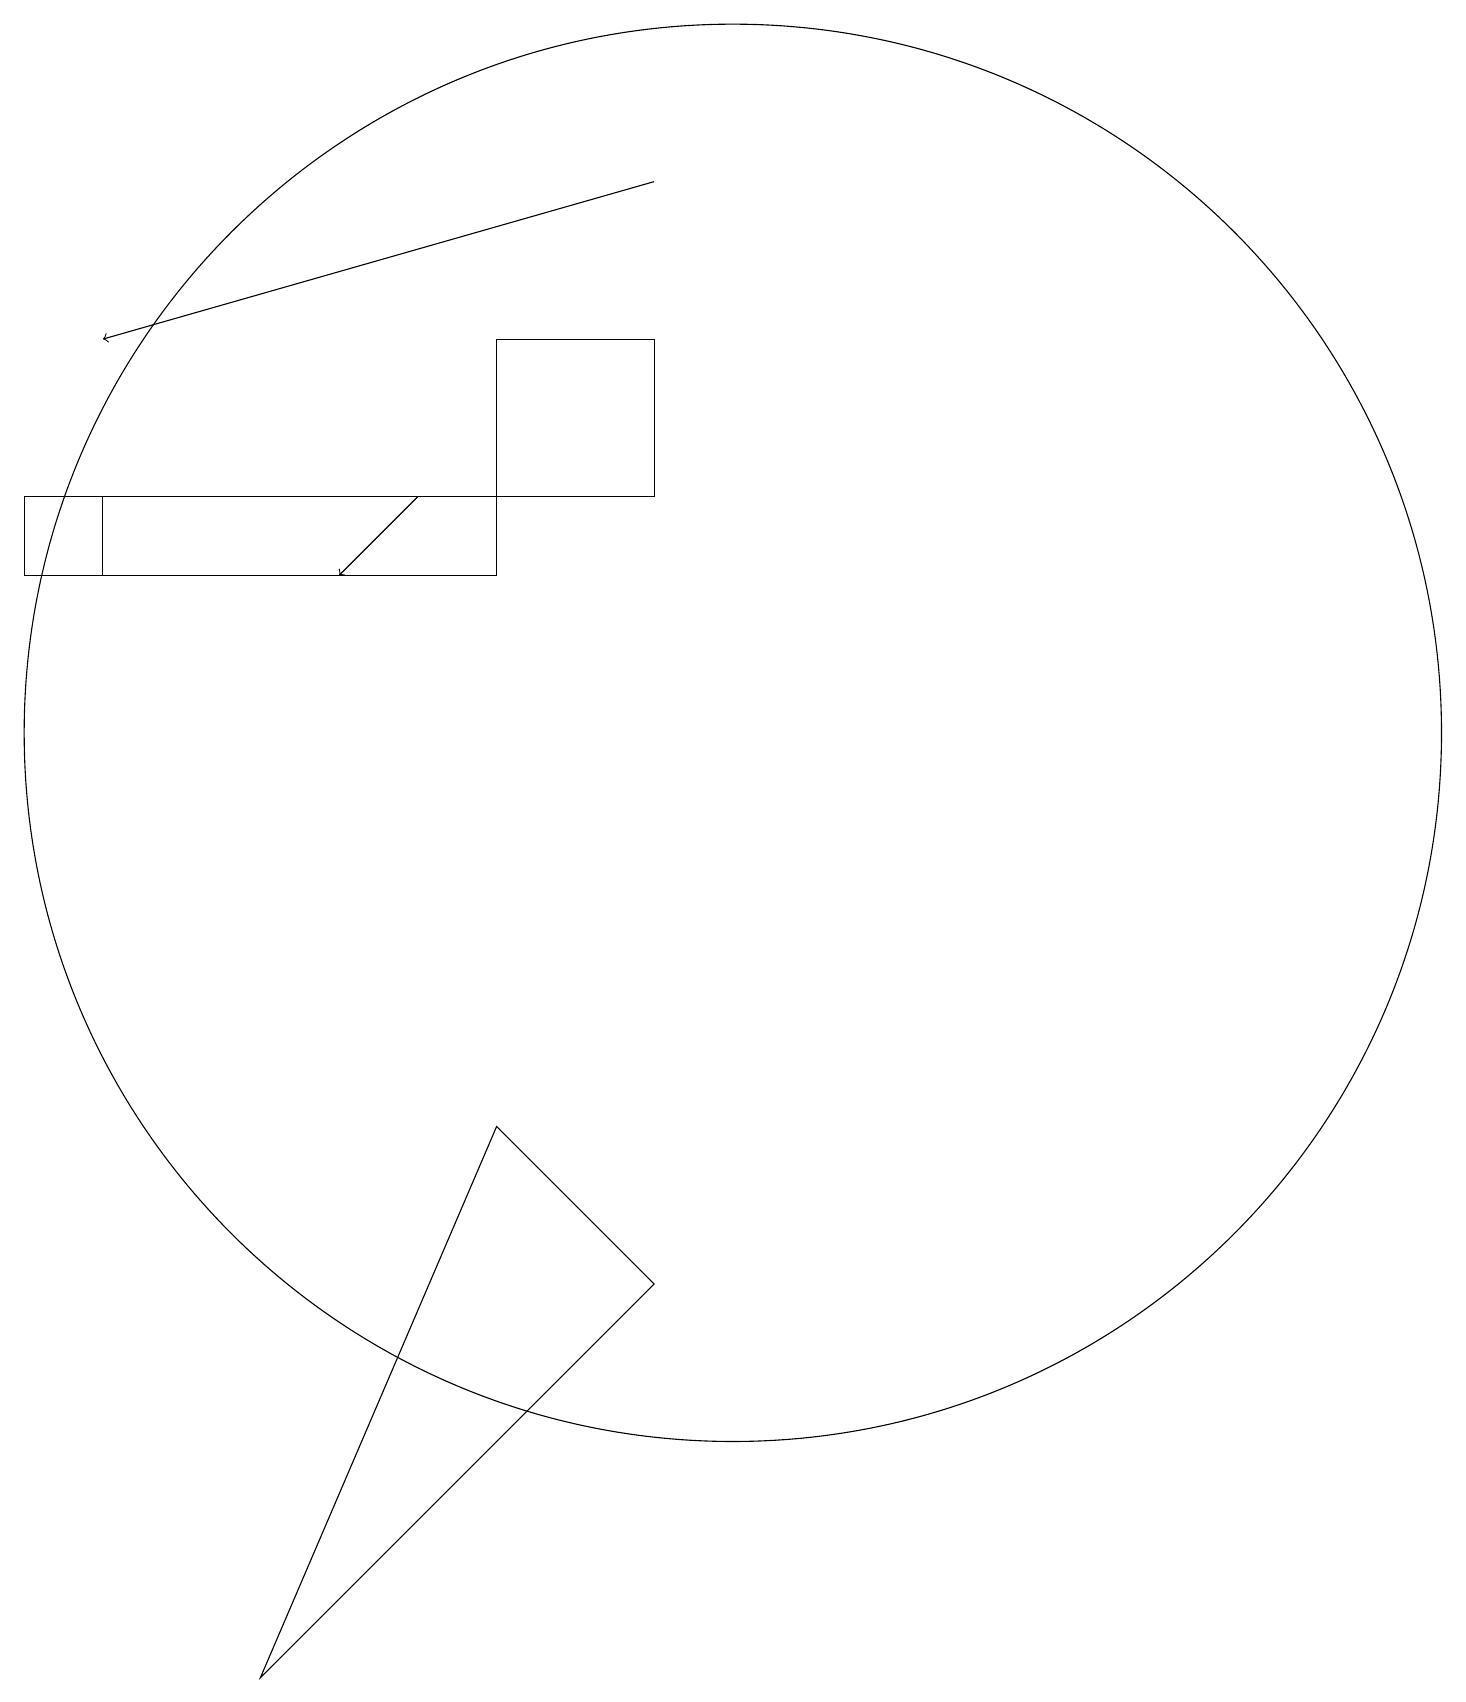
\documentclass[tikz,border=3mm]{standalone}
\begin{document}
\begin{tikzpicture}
\draw[->] (9,19) -- (2,17);
\draw (7,7) -- (9,5) -- (4,0) -- cycle;
\draw (10,12) circle (9);
\draw[->] (6,15) -- (5,14);
\draw (7,17) rectangle (9,15);
\draw (2,14) rectangle (7,15);
\draw (1,14) rectangle (7,15);
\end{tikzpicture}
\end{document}